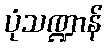
ပုံသဏ္ဍာန်